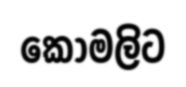
කොමලිට